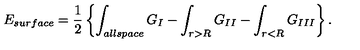
E _ { \small s u r f a c e } = { \frac { 1 } { 2 } } \left\{ \int _ { \small a l l s p a c e } G _ { I } - \int _ { r > R } G _ { I I } - \int _ { r < R } G _ { I I I } \right\} .